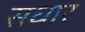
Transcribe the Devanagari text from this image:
सधार